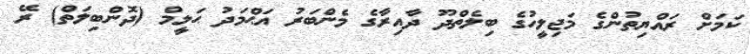
ކަމަށް ރައްޔިތުންގެ މަޖިލީހުގެ ބިލެތްދޫ ދާއިރާގެ މެންބަރު އަޙްމަދު ޙަލީމް (ދޮންބިލަތް) ރޭ